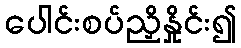
ပေါင်းစပ်ညှိနှိုင်း၍